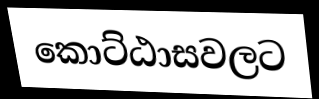
කොට්ඨාසවලට